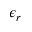
\epsilon _ { r }